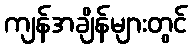
ကျန်အချိန်များတွင်